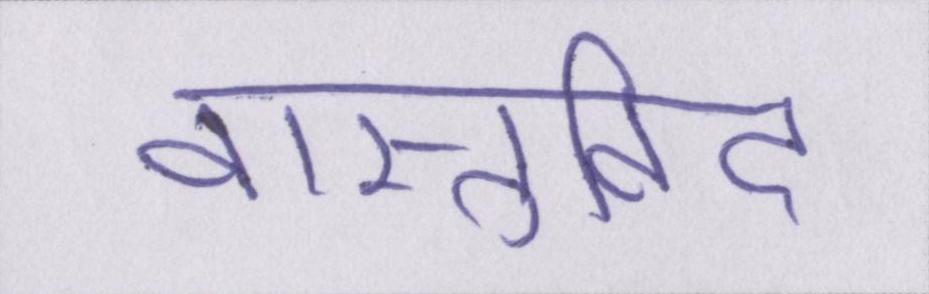
वास्तुविद